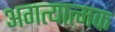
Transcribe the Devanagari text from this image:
अगत्यात्मक